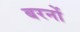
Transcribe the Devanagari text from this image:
बरनों